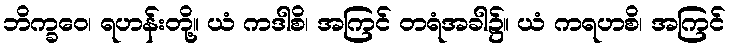
ဘိက္ခဝေ၊ ရဟန်းတို့။ ယံ ကဒါစိ၊ အကြင် တရံအခါ၌။ ယံ ကရဟစိ၊ အကြင်